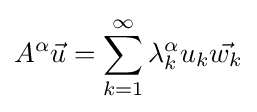
A^{\alpha }{\vec {u}}=\sum _{k=1}^{\infty }\lambda _{k}^{\alpha }u_{k}{\vec {w_{k}}}